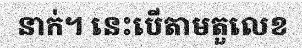
នាក់។ នេះបើតាមតួលេខ